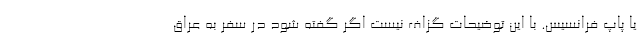
یا پاپ فرانسیس. با این توضیحات گزاف نیست اگر گفته شود در سفر به عراق